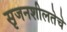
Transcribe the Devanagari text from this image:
सृजनशीलतेचे